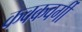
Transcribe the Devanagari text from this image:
कवकवर्गी